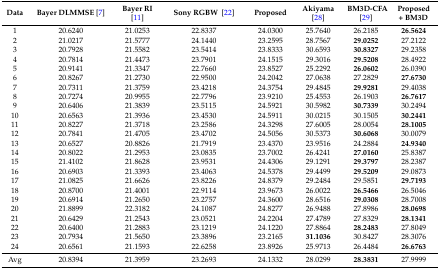
<table><thead><tr><td><b>Data</b></td><td><b>Bayer DLMMSE [7]</b></td><td><b>Bayer RI [11]</b></td><td><b>Sony RGBW [22]</b></td><td><b>Proposed</b></td><td><b>Akiyama [28]</b></td><td><b>BM3D-CFA [29]</b></td><td><b>Proposed + BM3D</b></td></tr></thead><tbody><tr><td>1</td><td>20.6240</td><td>21.0253</td><td>22.8337</td><td>24.0300</td><td>25.7640</td><td>26.2185</td><td><b>26.5624</b></td></tr><tr><td>2</td><td>21.0217</td><td>21.5777</td><td>24.1440</td><td>23.2595</td><td>28.7567</td><td><b>29.0252</b></td><td>27.2122</td></tr><tr><td>3</td><td>20.7928</td><td>21.5582</td><td>23.5414</td><td>23.8333</td><td>30.6593</td><td><b>30.8327</b></td><td>29.2358</td></tr><tr><td>4</td><td>20.7814</td><td>21.4473</td><td>23.7901</td><td>24.1515</td><td>29.3016</td><td><b>29.5208</b></td><td>28.4922</td></tr><tr><td>5</td><td>20.9141</td><td>21.3347</td><td>22.7660</td><td>23.8527</td><td>25.2292</td><td><b>26.0602</b></td><td>26.0390</td></tr><tr><td>6</td><td>20.8267</td><td>21.2730</td><td>22.9500</td><td>24.2042</td><td>27.0638</td><td>27.2829</td><td><b>27.6730</b></td></tr><tr><td>7</td><td>20.7311</td><td>21.3759</td><td>23.4218</td><td>24.3754</td><td>29.4845</td><td><b>29.9281</b></td><td>29.4038</td></tr><tr><td>8</td><td>20.7274</td><td>20.9955</td><td>22.7796</td><td>23.9210</td><td>25.4553</td><td>26.1903</td><td><b>26.7617</b></td></tr><tr><td>9</td><td>20.6406</td><td>21.3839</td><td>23.5115</td><td>24.5921</td><td>30.5982</td><td><b>30.7339</b></td><td>30.2494</td></tr><tr><td>10</td><td>20.6563</td><td>21.3936</td><td>23.4530</td><td>24.5911</td><td>30.0215</td><td>30.1505</td><td><b>30.2441</b></td></tr><tr><td>11</td><td>20.8227</td><td>21.3718</td><td>23.2586</td><td>24.3298</td><td>27.6005</td><td>28.0054</td><td><b>28.1005</b></td></tr><tr><td>12</td><td>20.7841</td><td>21.4705</td><td>23.4702</td><td>24.5056</td><td>30.5373</td><td><b>30.6068</b></td><td>30.0079</td></tr><tr><td>13</td><td>20.6527</td><td>20.8826</td><td>21.7919</td><td>23.4370</td><td>23.9516</td><td>24.2884</td><td><b>24.9340</b></td></tr><tr><td>14</td><td>20.8022</td><td>21.2953</td><td>23.0835</td><td>23.7002</td><td>26.4241</td><td><b>27.0160</b></td><td>25.8387</td></tr><tr><td>15</td><td>21.4102</td><td>21.8628</td><td>23.9531</td><td>24.4306</td><td>29.1291</td><td><b>29.3797</b></td><td>28.2387</td></tr><tr><td>16</td><td>20.6903</td><td>21.3393</td><td>23.4063</td><td>24.5378</td><td>29.4499</td><td><b>29.5209</b></td><td>29.0873</td></tr><tr><td>17</td><td>21.0825</td><td>21.6626</td><td>23.8226</td><td>24.8379</td><td>29.2484</td><td>29.5851</td><td><b>29.7193</b></td></tr><tr><td>18</td><td>20.8700</td><td>21.4001</td><td>22.9114</td><td>23.9673</td><td>26.0022</td><td><b>26.5466</b></td><td>26.5046</td></tr><tr><td>19</td><td>20.6914</td><td>21.2650</td><td>23.2757</td><td>24.3600</td><td>28.6516</td><td><b>29.0308</b></td><td>28.7008</td></tr><tr><td>20</td><td>21.8899</td><td>22.3182</td><td>24.1087</td><td>24.8277</td><td>26.9488</td><td>27.8986</td><td><b>28.0698</b></td></tr><tr><td>21</td><td>20.6429</td><td>21.2543</td><td>23.0521</td><td>24.2204</td><td>27.4789</td><td>27.8329</td><td><b>28.1341</b></td></tr><tr><td>22</td><td>20.6400</td><td>21.2883</td><td>23.1219</td><td>24.1220</td><td>27.8864</td><td><b>28.2483</b></td><td>27.8049</td></tr><tr><td>23</td><td>20.7934</td><td>21.5650</td><td>23.3896</td><td>23.2165</td><td><b>31.1036</b></td><td>30.8427</td><td>28.3076</td></tr><tr><td>24</td><td>20.6561</td><td>21.1593</td><td>22.6258</td><td>23.8926</td><td>25.9713</td><td>26.4484</td><td><b>26.6763</b></td></tr><tr><td>Avg</td><td>20.8394</td><td>21.3959</td><td>23.2693</td><td>24.1332</td><td>28.0299</td><td><b>28.3831</b></td><td>27.9999</td></tr></tbody></table>